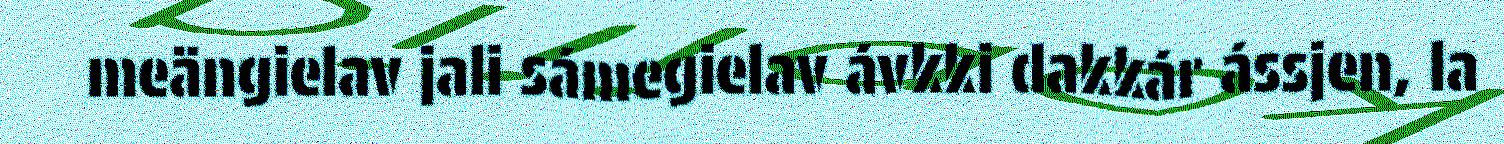
meängielav jali sámegielav ávkki dakkár ássjen, la